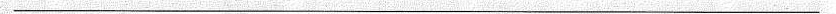
___